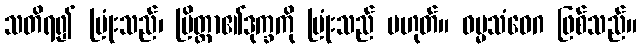
သတိရ၍ ပြုံးသည်၊ ပြိတ္တာ၏ဒုက္ခကို ပြုံးသည် မဟုတ်။ ဓမ္မသံဝေဂ ဖြစ်သည်။